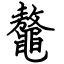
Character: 鼇